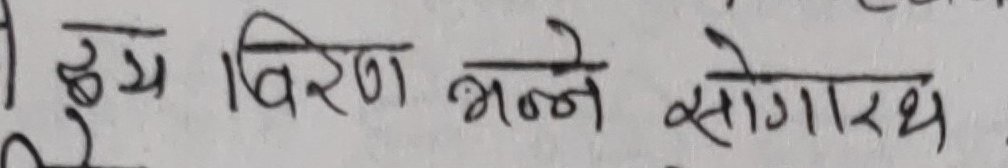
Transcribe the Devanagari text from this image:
हृदय विरण भन्ने सोगारथ